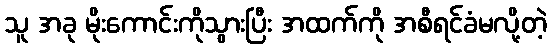
သူ အခု မိုးကောင်းကိုသွားပြီး အထက်ကို အစီရင်ခံမလို့တဲ့